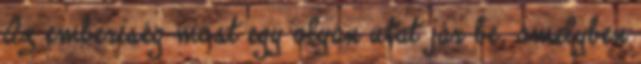
Az emberiség most egy olyan utat jár be, amelyben